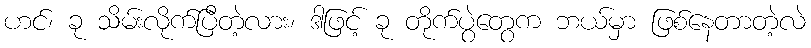
ဟင်၊ ခု သိမ်းလိုက်ပြီတဲ့လား၊ ဒါဖြင့် ခု တိုက်ပွဲတွေက ဘယ်မှာ ဖြစ်နေတာတဲ့လဲ